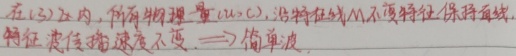
在$(x,t)$ 区内，所有物理量 $u(x,t)$，沿特征线不变特征保持连续，特征波传播速度不变. $\Longrightarrow$简单波